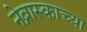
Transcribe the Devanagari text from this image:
नेब्रास्काच्या